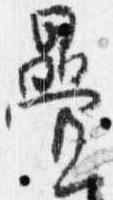
畳